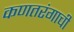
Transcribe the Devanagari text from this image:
कणतरंगाची